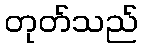
တုတ်သည်